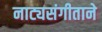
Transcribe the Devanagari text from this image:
नाट्यसंगीताने